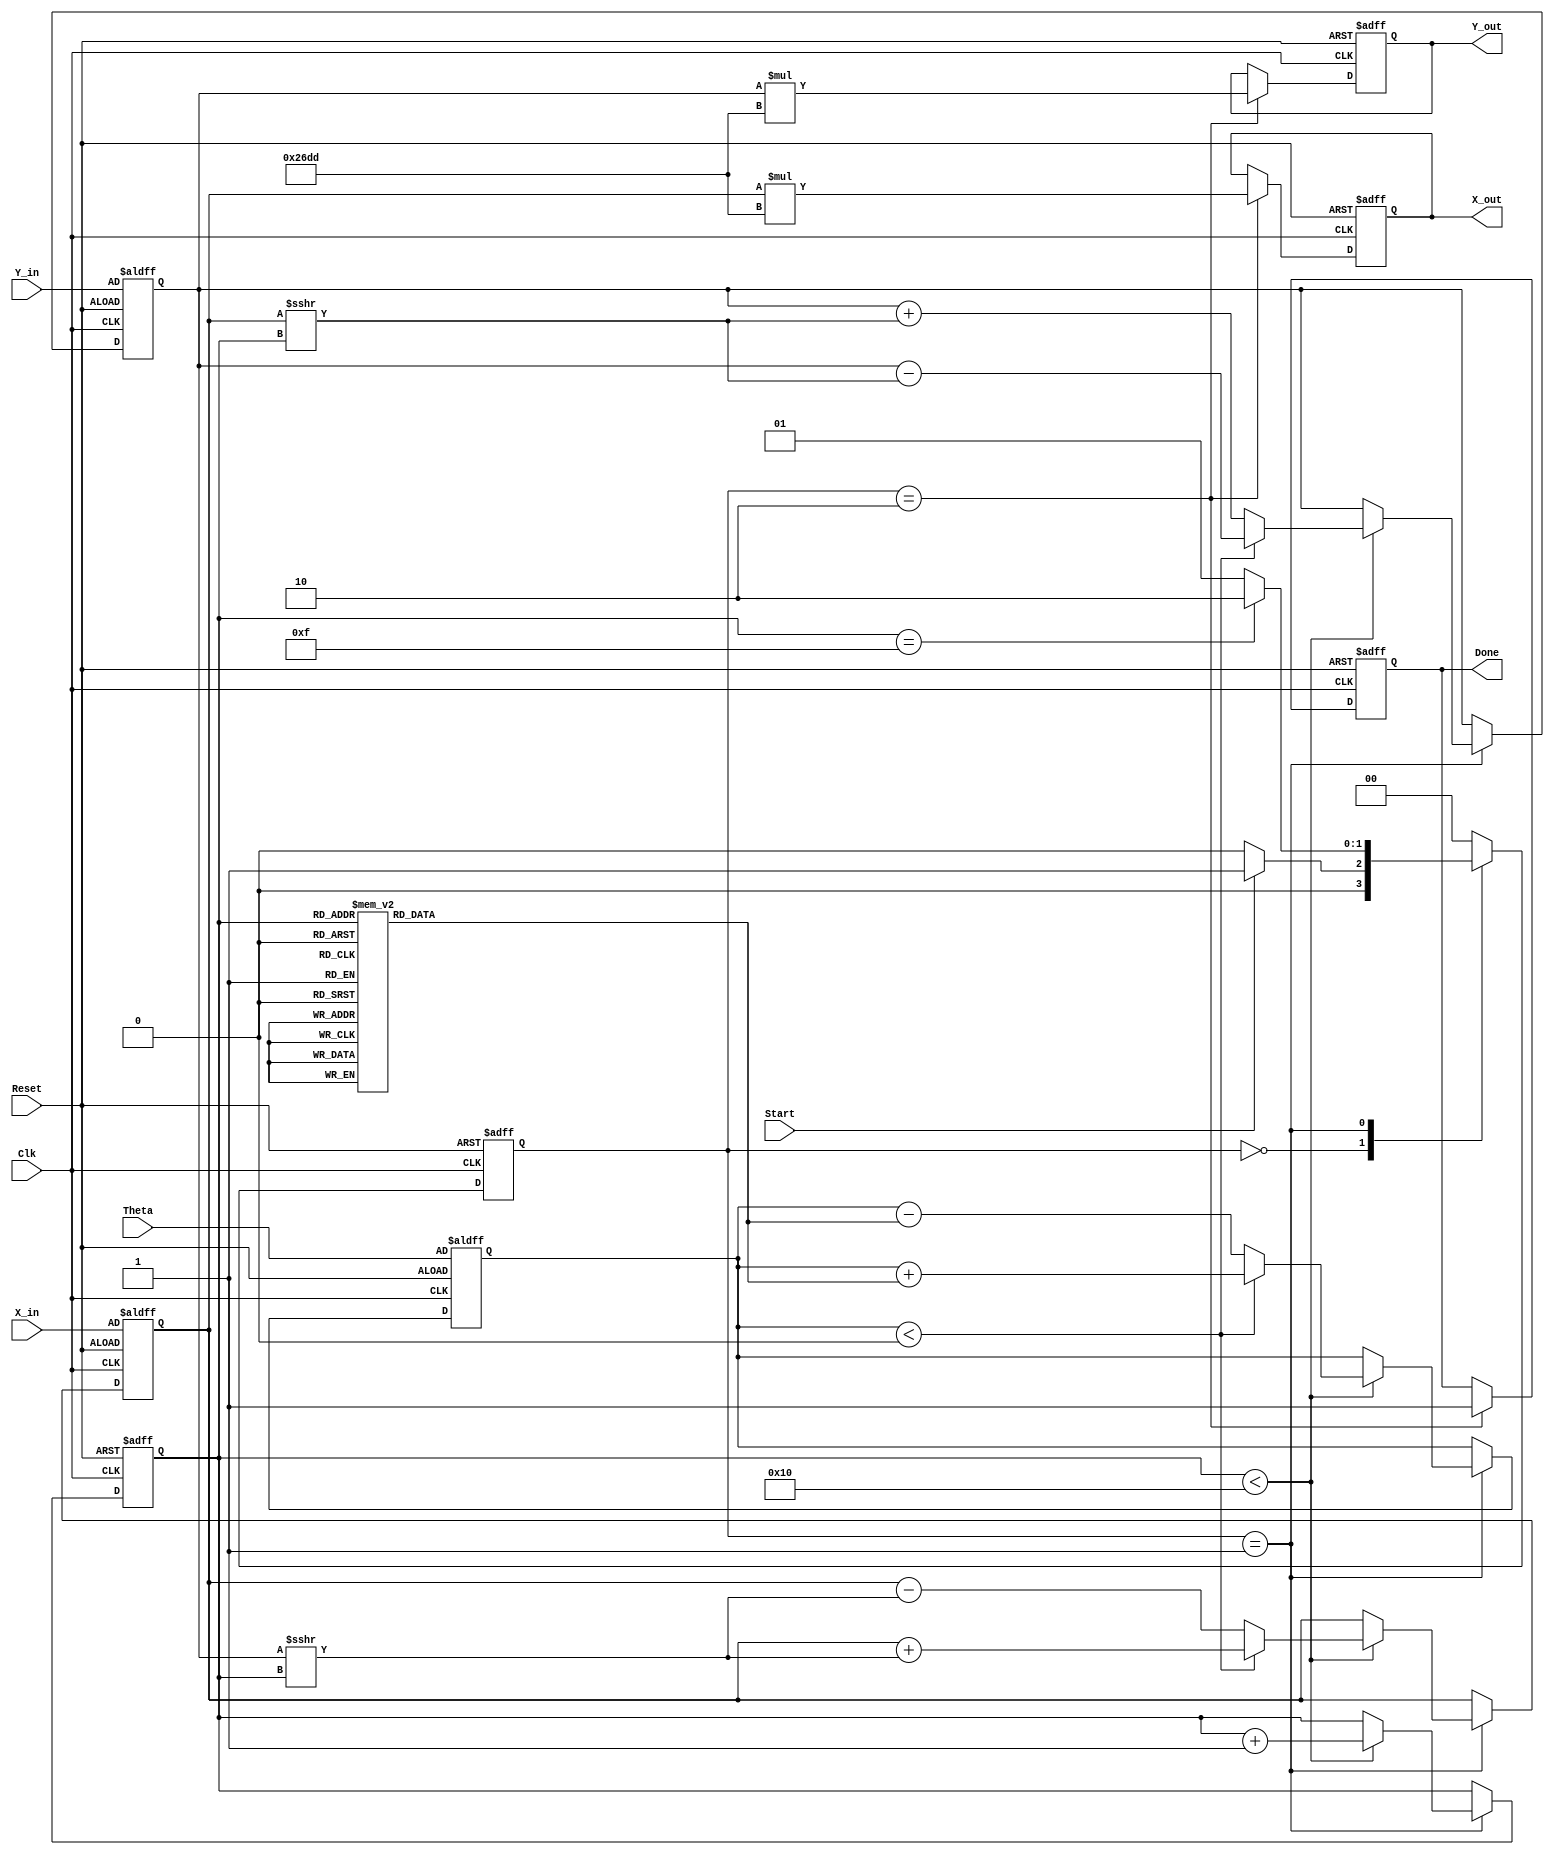
module CORDIC(
    input signed [15:0] X_in,    // 16-bit signed input for x-coordinate
    input signed [15:0] Y_in,    // 16-bit signed input for y-coordinate
    input signed [15:0] Theta,    // 16-bit signed input for angle in fixed-point
    input Start,                  // Signal to start computation
    input Clk,                   // Clock signal
    input Reset,                 // Asynchronous reset
    output reg signed [15:0] X_out, // Output for final x-coordinate
    output reg signed [15:0] Y_out, // Output for final y-coordinate
    output reg Done              // Signal indicating completion
);

    localparam NUM_ITERATIONS = 16; // Number of iterations
    localparam CORDIC_GAIN = 16'h26DD; // CORDIC gain for scaling

    reg signed [15:0] X_reg, Y_reg, Theta_reg;
    reg [3:0] Iteration_count; // 4-bit iteration counter
    reg [1:0] state, next_state; // State variables

    localparam IDLE = 2'b00,
               COMPUTE = 2'b01,
               DONE = 2'b10;

    // Precomputed arctan values for CORDIC iterations (in fixed-point)
    reg signed [15:0] arctan_lut [0:NUM_ITERATIONS-1];
    initial begin
        arctan_lut[0] = 16'h0264; // atan(2^-0)
        arctan_lut[1] = 16'h0139; // atan(2^-1)
        arctan_lut[2] = 16'h00A3; // atan(2^-2)
        arctan_lut[3] = 16'h0051; // atan(2^-3)
        // Continue for the rest of the iterations
        // ...
        arctan_lut[15] = 16'h0002; // atan(2^-15)
    end

    // State Machine
    always @(posedge Clk or posedge Reset) begin
        if (Reset) begin
            state <= IDLE;
        end else begin
            state <= next_state;
        end
    end

    // Next state logic
    always @(*) begin
        case (state)
            IDLE: begin
                if (Start) begin
                    next_state = COMPUTE;
                end else begin
                    next_state = IDLE;
                end
            end
            COMPUTE: begin
                if (Iteration_count == NUM_ITERATIONS - 1) begin
                    next_state = DONE;
                end else begin
                    next_state = COMPUTE;
                end
            end
            DONE: begin
                next_state = IDLE; // Reset to IDLE after DONE
            end
            default: next_state = IDLE;
        endcase
    end

    // CORDIC computation logic
    always @(posedge Clk or posedge Reset) begin
        if (Reset) begin
            X_reg <= X_in;
            Y_reg <= Y_in;
            Theta_reg <= Theta;
            Iteration_count <= 0;
            Done <= 0;
            X_out <= 0;
            Y_out <= 0;
        end else begin
            case (state)
                COMPUTE: begin
                    if (Iteration_count < NUM_ITERATIONS) begin
                        if (Theta_reg < 0) begin // Rotation direction
                            X_reg <= X_reg + (Y_reg >>> Iteration_count);
                            Y_reg <= Y_reg - (X_reg >>> Iteration_count);
                            Theta_reg <= Theta_reg + arctan_lut[Iteration_count];
                        end else begin
                            X_reg <= X_reg - (Y_reg >>> Iteration_count);
                            Y_reg <= Y_reg + (X_reg >>> Iteration_count);
                            Theta_reg <= Theta_reg - arctan_lut[Iteration_count];
                        end
                        Iteration_count <= Iteration_count + 1;
                    end
                end
                DONE: begin
                    Done <= 1;
                    X_out <= X_reg * CORDIC_GAIN; // Scale outputs
                    Y_out <= Y_reg * CORDIC_GAIN; // Scale outputs
                end
            endcase
        end
    end
endmodule